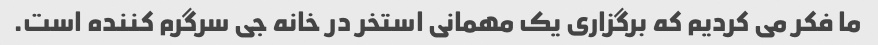
ما فکر می کردیم که برگزاری یک مهمانی استخر در خانه جی سرگرم کننده است.